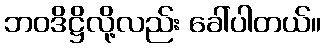
ဘဝဒိဋ္ဌိလို့လည်း ခေါ်ပါတယ်။